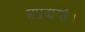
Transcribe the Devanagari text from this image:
संप्रदायों।